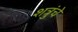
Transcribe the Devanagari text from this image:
शत्रुंचे